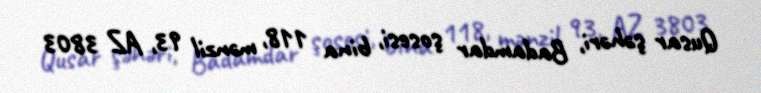
Qusar şəhəri, Badamdar şosesi, bina 118, mənzil 93, AZ 3803